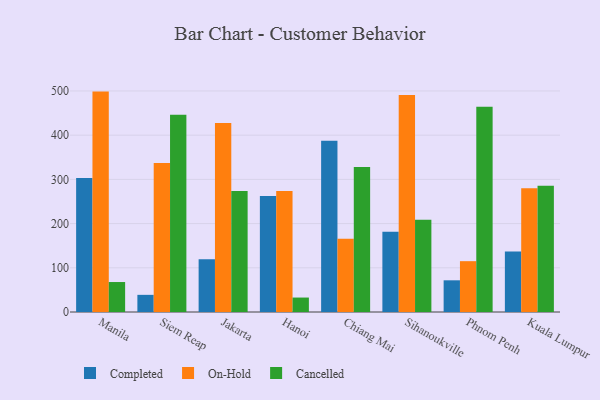
{"axis": {"x": "City", "y": "Temperature (°C)"}, "legend": ["Cancelled", "Completed", "On-Hold"], "data": [{"x": "Manila", "y": 302.9, "type": "Completed"}, {"x": "Manila", "y": 498.6, "type": "On-Hold"}, {"x": "Manila", "y": 67.8, "type": "Cancelled"}, {"x": "Siem Reap", "y": 38.8, "type": "Completed"}, {"x": "Siem Reap", "y": 336.8, "type": "On-Hold"}, {"x": "Siem Reap", "y": 446.0, "type": "Cancelled"}, {"x": "Jakarta", "y": 119.5, "type": "Completed"}, {"x": "Jakarta", "y": 427.4, "type": "On-Hold"}, {"x": "Jakarta", "y": 273.9, "type": "Cancelled"}, {"x": "Hanoi", "y": 262.5, "type": "Completed"}, {"x": "Hanoi", "y": 273.5, "type": "On-Hold"}, {"x": "Hanoi", "y": 32.7, "type": "Cancelled"}, {"x": "Chiang Mai", "y": 387.5, "type": "Completed"}, {"x": "Chiang Mai", "y": 165.5, "type": "On-Hold"}, {"x": "Chiang Mai", "y": 327.9, "type": "Cancelled"}, {"x": "Sihanoukville", "y": 181.6, "type": "Completed"}, {"x": "Sihanoukville", "y": 491.0, "type": "On-Hold"}, {"x": "Sihanoukville", "y": 208.5, "type": "Cancelled"}, {"x": "Phnom Penh", "y": 71.7, "type": "Completed"}, {"x": "Phnom Penh", "y": 115.0, "type": "On-Hold"}, {"x": "Phnom Penh", "y": 464.1, "type": "Cancelled"}, {"x": "Kuala Lumpur", "y": 137.1, "type": "Completed"}, {"x": "Kuala Lumpur", "y": 279.8, "type": "On-Hold"}, {"x": "Kuala Lumpur", "y": 285.8, "type": "Cancelled"}]}